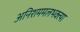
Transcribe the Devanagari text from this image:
अनिशममलभक्त्या